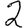
Digit: 2